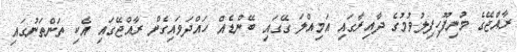
ރާއްޖޭގެ މުނިފޫހިފިލުވުމުގެ ދާއިރާގައި އަމިއްލަ ގޭގައި ބޭންޑެއް ހައްދަވައިގެން ރާއްޖޭގައި އެކި ތަންތަނުގައި